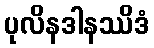
ပုလိနဒါနဿိဒံ